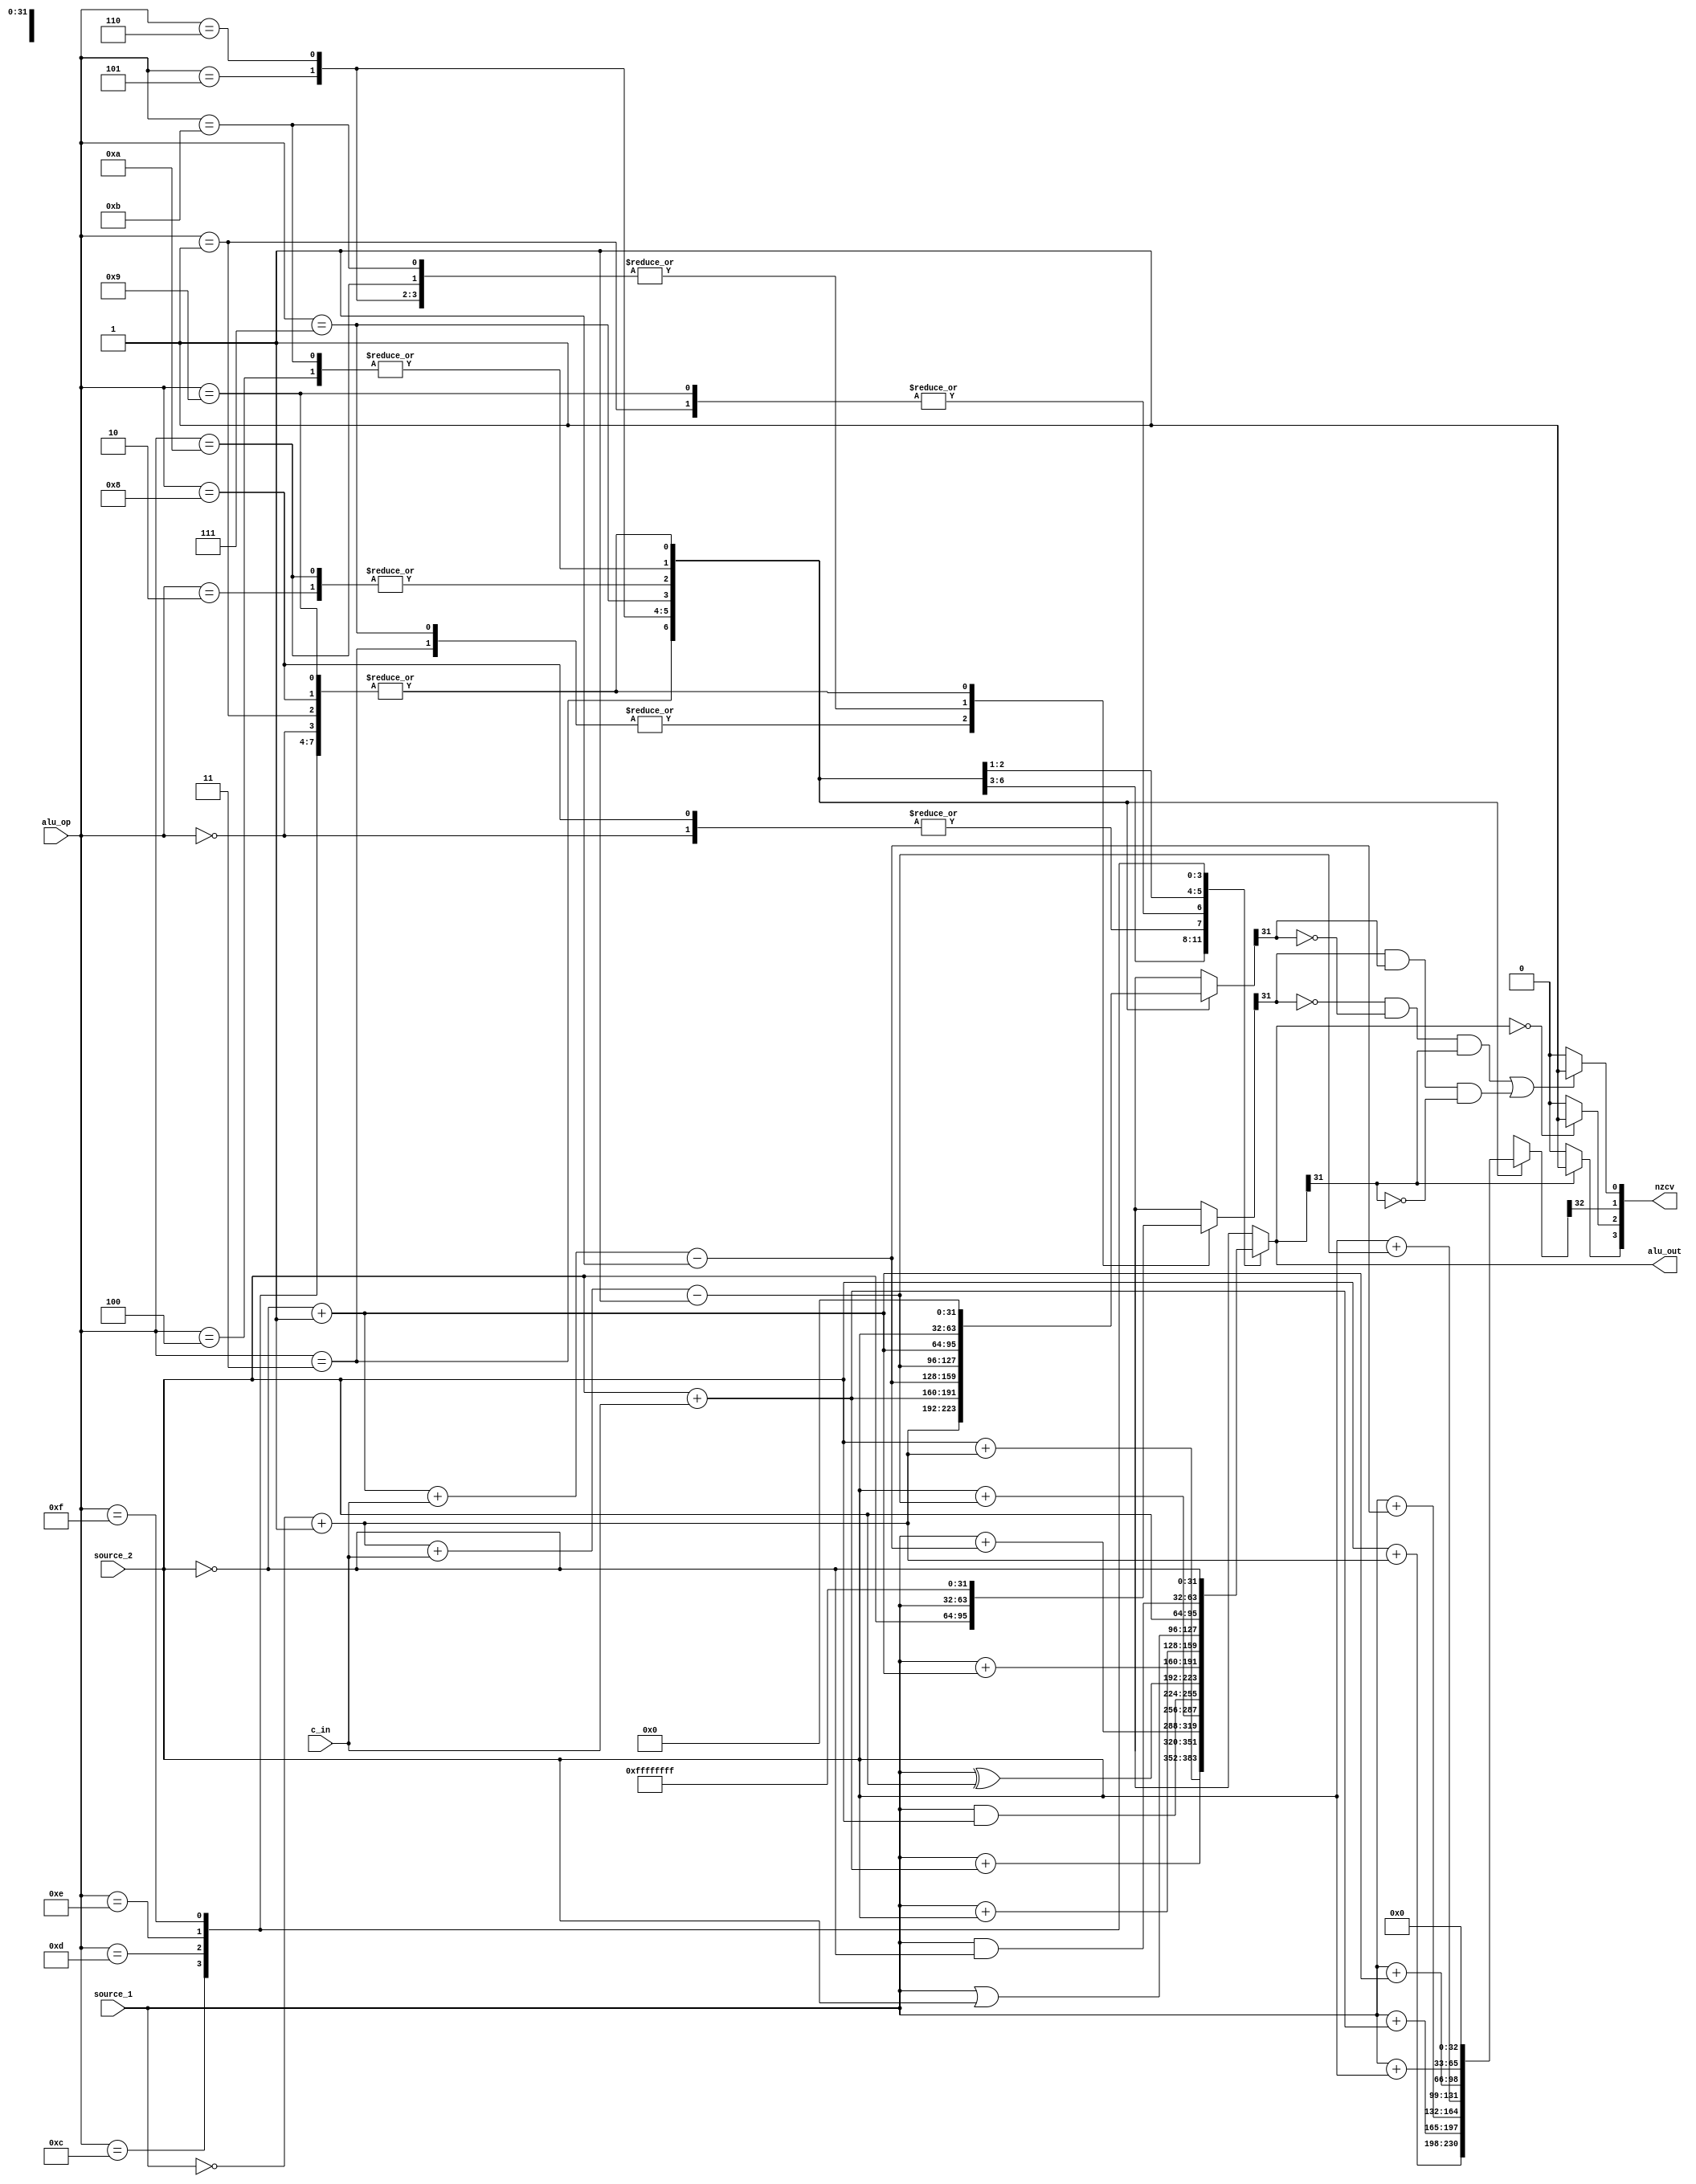
module alu(source_1, source_2,alu_op,c_in,nzcv,alu_out);

input [31:0]source_1, source_2;
input [3:0]alu_op;
input c_in;
output [3:0]nzcv;
output [31:0]alu_out;

reg [31:0]alu_out;
reg [3:0]nzcv;
reg [32:0]temp;
reg [31:0]add_scr1,add_scr2;

	
	always@(*)begin
	temp=33'b0;
	add_scr1=32'b11111111111111111111111111111111;
	add_scr2=32'b00000000000000000000000000000000;
		case(alu_op)
			4'b0000:alu_out =source_1&source_2;
			4'b0001:alu_out =source_1^source_2;
			
			4'b0010:begin
				add_scr1=source_1;
				add_scr2=(~source_2)+1;
				alu_out =add_scr1+add_scr2;
				temp=add_scr1+add_scr2;
			
			end
			
			4'b0011:begin
			add_scr1=source_2;
			add_scr2=(~source_1)+1;
			
			alu_out =add_scr1+add_scr2;
			temp=add_scr1+add_scr2;
		
			end
			4'b0100:begin
		add_scr1=source_1;
		add_scr2=source_2;
			alu_out =add_scr1+add_scr2;
			temp=add_scr1+add_scr2;
		
			end
			
			4'b0101:begin
			add_scr1=source_1;
			add_scr2=source_2+c_in;
			alu_out =add_scr1+add_scr2;
			temp=add_scr1+add_scr2;
			end
			4'b0110:begin
			add_scr1=source_1;
			add_scr2=(~source_2)+1+c_in-32'b1;
			alu_out =add_scr1+add_scr2;
			temp=add_scr1+add_scr2;
			end
			4'b0111:begin
			add_scr1=source_2;
			add_scr2=(~source_1)+1+c_in-32'b1;
			alu_out =add_scr1+add_scr2;
			temp=add_scr1+add_scr2;
			end
			
			4'b1000:alu_out =source_1&source_2;
			4'b1001:alu_out =source_1^source_2;
			4'b1010:begin
			add_scr1=source_1;
			add_scr2=(~source_2)+1;
			alu_out =add_scr1+add_scr2;
			temp =add_scr1+add_scr2;
			end
			4'b1011:begin
			add_scr1=source_1;
			add_scr2=source_2;
			alu_out =add_scr1+add_scr2;
			temp =add_scr1+add_scr2;
			end
			4'b1100:alu_out =source_1|source_2;
			4'b1101:alu_out =source_2;
			4'b1110:alu_out =source_1&(~source_2);
			4'b1111:alu_out =~source_2;
			
			default: alu_out =32'b0;
		endcase
	end
	always@(*)begin
	nzcv[1]=temp[32];
		if(alu_out[31]==1)
			nzcv[3]=1;
		else
			nzcv[3]=0;
		if(alu_out==32'b0)
			nzcv[2]=1;
		else
			nzcv[2]=0;
			
		if((~add_scr1[31]&&~add_scr2[31] &&alu_out[31])||(add_scr1[31]&&add_scr2[31]&&~alu_out[31]))
			nzcv[0]=1;
		else
			nzcv[0]=0;
			
	end
	
endmodule